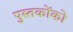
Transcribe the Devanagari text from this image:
पुस्‍तकोंको